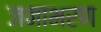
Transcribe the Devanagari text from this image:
जनाभरण